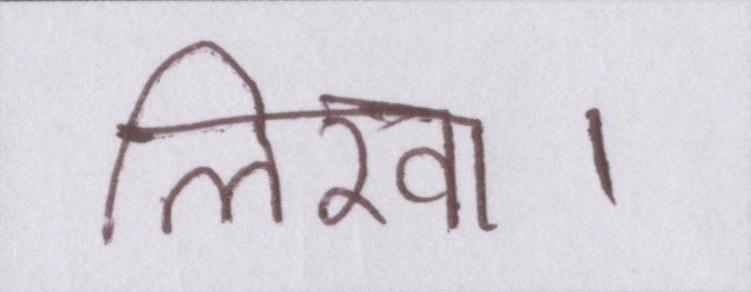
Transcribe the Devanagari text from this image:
लिखा।